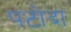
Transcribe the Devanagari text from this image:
पटोदा